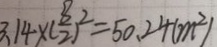
3 . 1 4 \times ( \frac { 8 } { 2 } ) ^ { 2 } = 5 0 . 2 4 ( m ^ { 2 } )